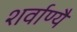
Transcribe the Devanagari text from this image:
शर्वाण्यै